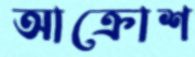
আক্রোশ